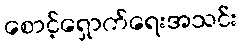
စောင့်ရှောက်ရေးအသင်း